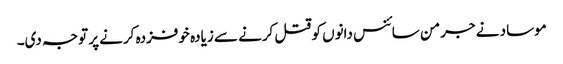
موساد نے جرمن سائنس دانوں کو قتل کرنے سے زیادہ خوفزدہ کرنے پر توجہ دی۔